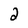
Character: 2